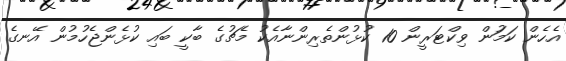
އެހެން ކަމަުން ވިކްޓަރީން 10 ކުޅުންތެރިންނާއެކު މެޗުގެ ބާކީ ބައި ކުޅެންޖެހުމުން އޭނގެ